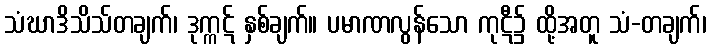
သံဃာဒိသိသ်တချက်၊ ဒုက္ကဋ် နှစ်ချက်။ ပမာဏလွန်သော ကုဋီ၌ ထို့အတူ သံ-တချက်၊